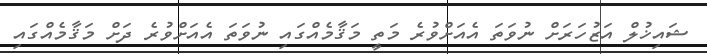
ޝައިޚުލް އަޒުހަރަށް ނުވަތަ އެއަށްވުރެ މަތީ މަޤާމެއްގައި ނުވަތަ އެއަށްވުރެ ދަށް މަޤާމެއްގައި